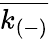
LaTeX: \overline{{k_{(-)}}}